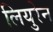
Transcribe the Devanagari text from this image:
लियुरेन